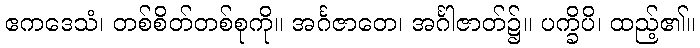
ဧကဒေသံ၊ တစ်စိတ်တစ်စုကို။ အင်္ဂဇာတေ၊ အင်္ဂါဇာတ်၌။ ပက္ခိပိ၊ ထည့်၏။